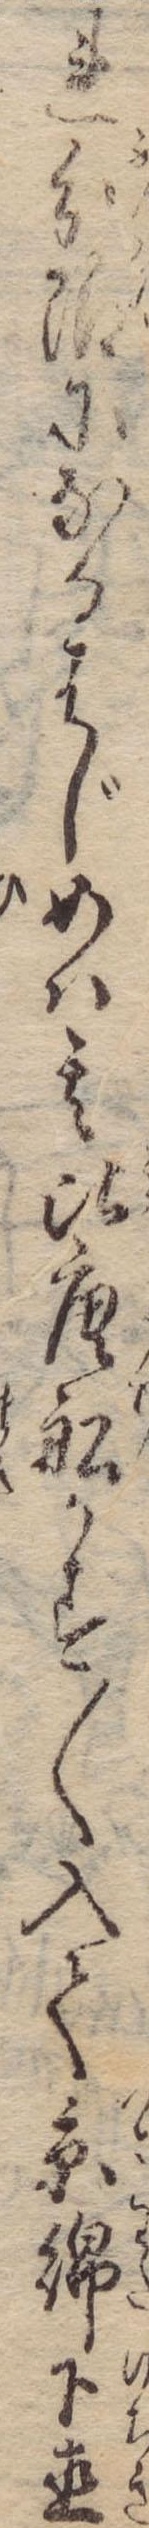
れ分限になるはじめは其比唐船かす〱入て糸綿下直